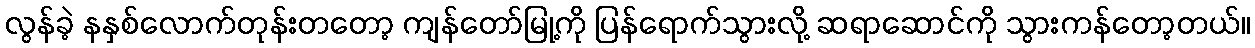
လွန်ခဲ့ နနှစ်လောက်တုန်းတတော့ ကျန်တော်မြု့ကို ပြန်ရောက်သွားလို့ ဆရာဆောင်ကို သွားကန်တော့တယ်။